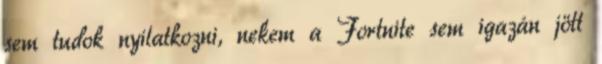
sem tudok nyilatkozni, nekem a Fortnite sem igazán jött